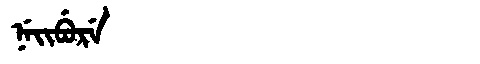
Manchu: ᠨᡝᡳᠪᡠᡵᡝ
Romanization: NEIBURE